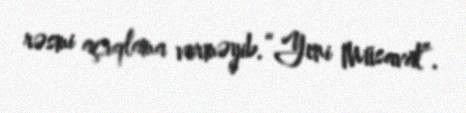
rəsmi açıqlama verməyib.“Yeni Müsavat”.